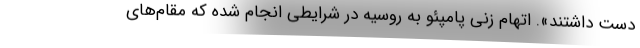
دست داشتند». اتهام زنی پامپئو به روسیه در شرایطی انجام شده که مقام‌های